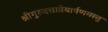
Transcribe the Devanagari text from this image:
श्रीगुरुदत्तात्रेयार्पणमस्तु